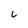
Character: L